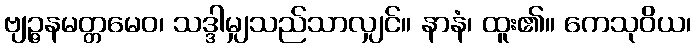
ဗျဉ္ဇနမတ္တမေဝ၊ သဒ္ဒါမျှသည်သာလျှင်။ နာနံ၊ ထူး၏။ ကေသုဝိယ၊